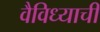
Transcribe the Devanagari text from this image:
वैविध्याची